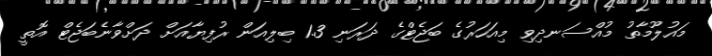
މައުލޫމާތު މުއްސަނދިވި މިއަހަރުގެ ބަޖެޓްގެ ދަރަނި 1.3 ބިލިއަން ރުފިޔާއަށް ދަށްވާނެބަޖެޓް އޮތީ